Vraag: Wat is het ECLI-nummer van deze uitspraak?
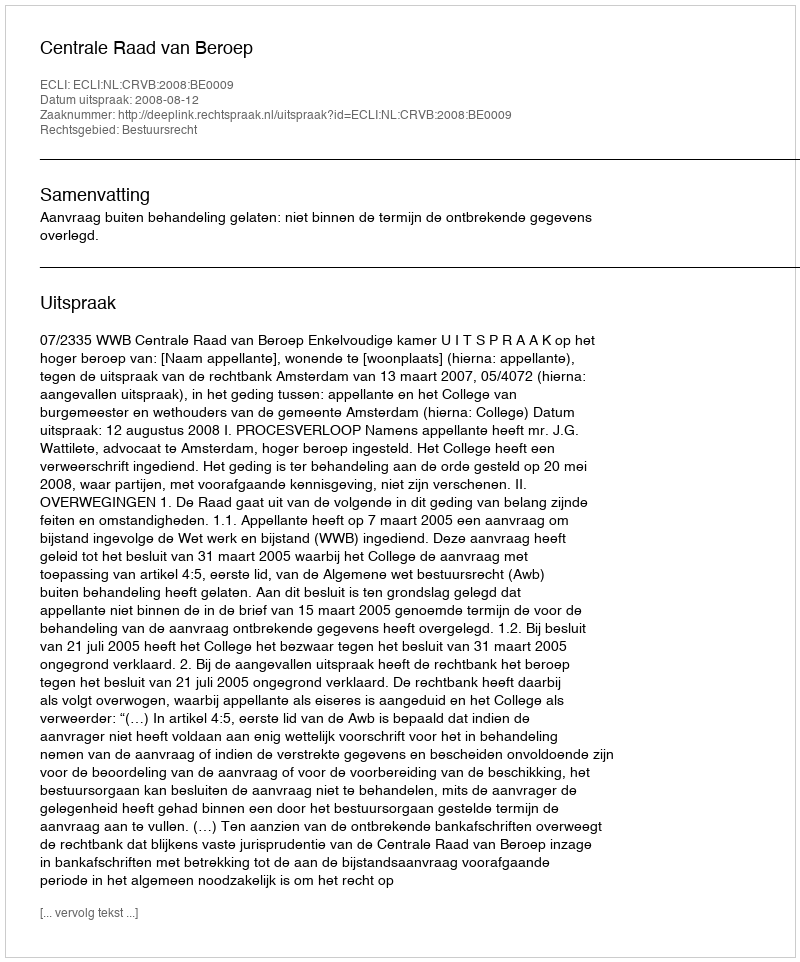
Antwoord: ECLI:NL:CRVB:2008:BE0009